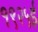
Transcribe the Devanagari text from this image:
१९२५ई